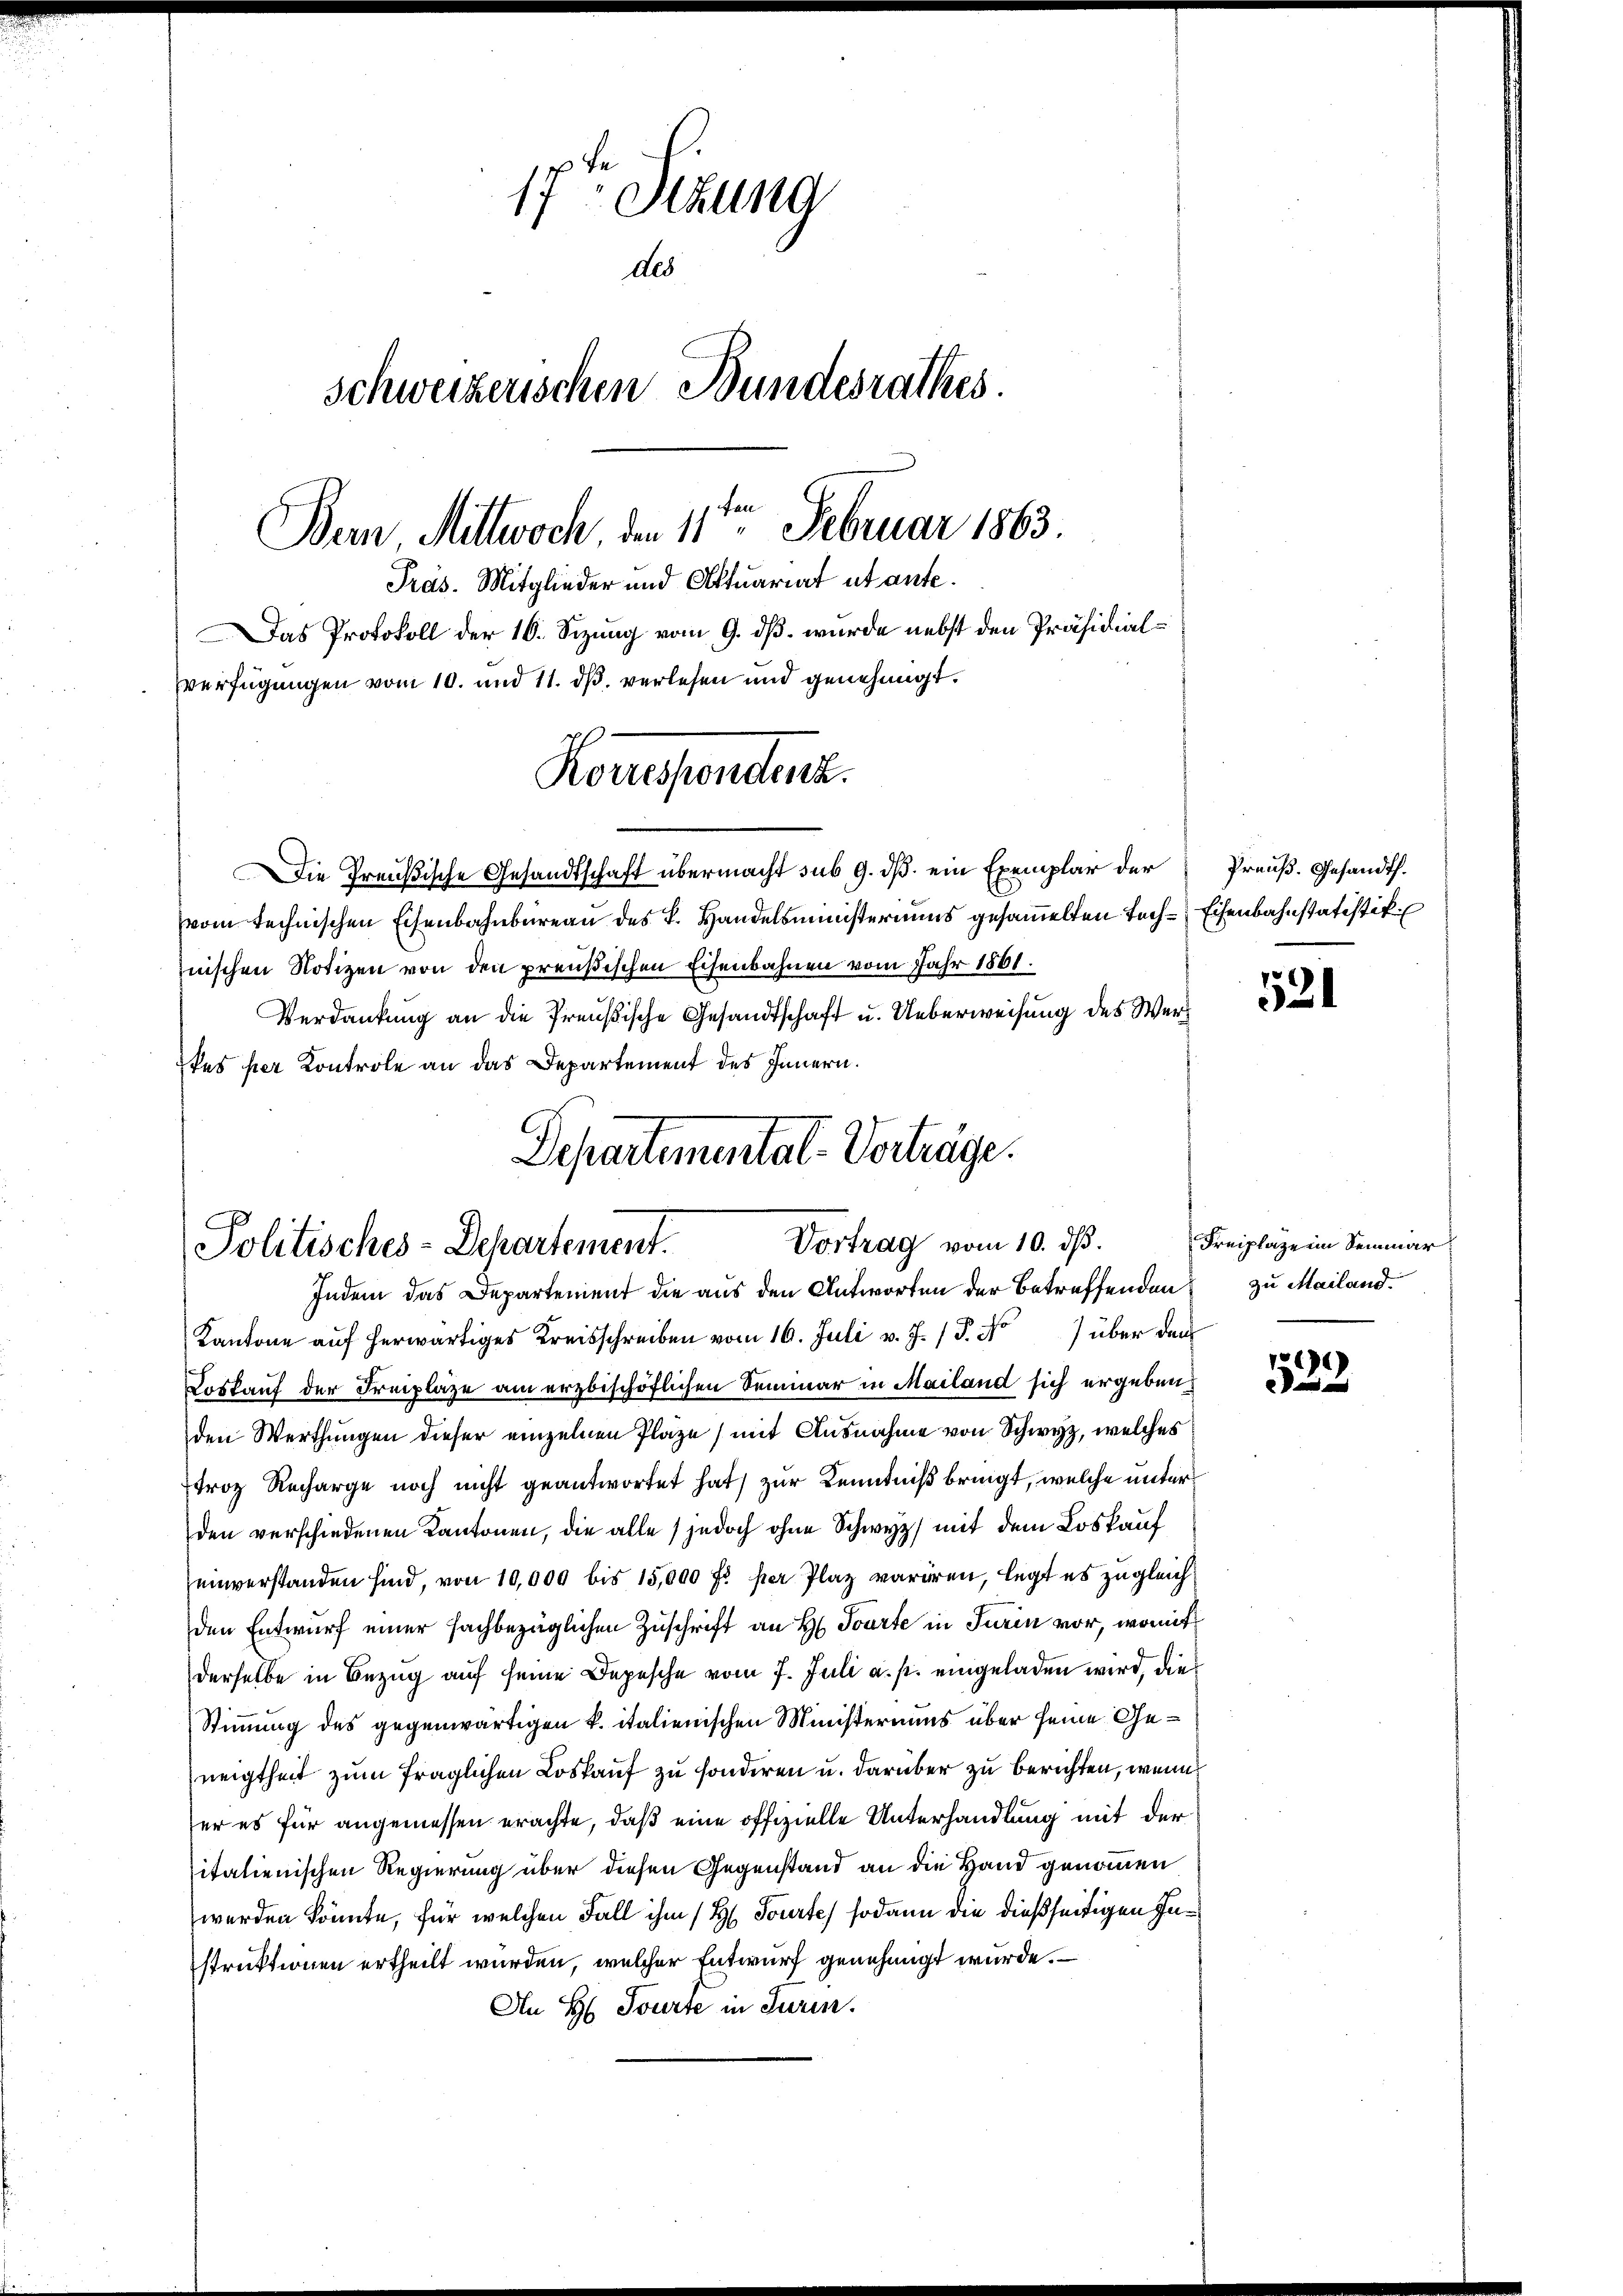
14 Sekund
1)
des
Schweizerischen Bundesrathes.
Bern Mittwoch den 11ten Februar 1863
Präs. Mitglieder und Aktuariat utante.
Das Protokoll der 16. Sizung vom 9. ds. wurde nebst den Präsidial-
verfügungen vom 10. und 11. ds. verlesen und genehmigt.

Konessenden.

Die Preußische Gesandtschaft übermacht sub 9. dß ein Exemplar der
vom technischen Eisenbahnbureau des L. Handelsministeriums gesammelten Toch-Eisenbahnstatistik
nischen Notizen von den preußischen Eisenbahnen vom Jahr 1861.
Verdankung an die Preußische Gesandtschaft u. Ueberweisung des Wertes her Kontrole an das Departement des Innern.

Departemental-Verträge.
Vortrag vom 10. ds.
Politisches-Departement.
Indem das Departement die aus den Antworten der betreffenden zu Mailand.

Kantone auf herwärtiges Kreisschreiben vom 16. Juli v. J. P. M. über den
Loskauf der Freiplaze am erzbischöflichen Seminar in Mailand sich ergeben:
den Werthungen dieser einzelnen Plaze (mit Ausnahme von Schwyz, welches
troz Recharge noch nicht geantwortet hat) zur Kenntniß bringt, welche unter
den verschiedenen Kantonen, die alle (jedoch ohne Schwyz mit dem Loskauf
einverstanden sind, von 10,000 bis 15,000 fl per Plaz variren, legt es zugleich
den Entwurf einer sachbezüglichen Zuschrift an H. Tourte in Turin vor, womit
derselbe in Bezug auf seine Depesche vom 7. Juli a. p. eingeladen wird, die
Stimmung des gegenwärtigen k. italienischen Ministeriums über seine Geneigtheit zum fraglichen Loskauf zu sonderen u. darüber zu berichten, wenn
er es für angemessen erachte, daß eine offizielle Unterhandlung mit der
italienischen Regierung über diesen Gegenstand an die Hand genommen
werden könnte, für welchen Fall ihm /H Tourte sodann die dießseitigen Instruktionen ertheilt wurden, welcher Entwurf genehmigt wurde.
An H. Tourte in Turin.

Preuß. Gesandt.

521

Freiplaze im Semmär

1292)
e